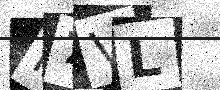
Text: M7VL